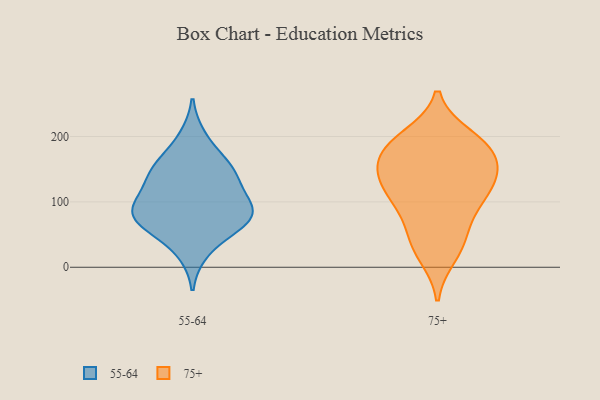
{"axis": {"x": "Headcount", "y": "Value"}, "legend": ["55-64", "75+"], "data": [{"x": "", "y": 59, "type": "55-64"}, {"x": "", "y": 24, "type": "55-64"}, {"x": "", "y": 82, "type": "55-64"}, {"x": "", "y": 79, "type": "55-64"}, {"x": "", "y": 97, "type": "55-64"}, {"x": "", "y": 153, "type": "55-64"}, {"x": "", "y": 158, "type": "55-64"}, {"x": "", "y": 67, "type": "55-64"}, {"x": "", "y": 145, "type": "55-64"}, {"x": "", "y": 89, "type": "55-64"}, {"x": "", "y": 116, "type": "55-64"}, {"x": "", "y": 77, "type": "55-64"}, {"x": "", "y": 136, "type": "55-64"}, {"x": "", "y": 198, "type": "55-64"}, {"x": "", "y": 185, "type": "75+"}, {"x": "", "y": 44, "type": "75+"}, {"x": "", "y": 132, "type": "75+"}, {"x": "", "y": 199, "type": "75+"}, {"x": "", "y": 79, "type": "75+"}, {"x": "", "y": 19, "type": "75+"}, {"x": "", "y": 118, "type": "75+"}, {"x": "", "y": 105, "type": "75+"}, {"x": "", "y": 192, "type": "75+"}, {"x": "", "y": 104, "type": "75+"}, {"x": "", "y": 37, "type": "75+"}, {"x": "", "y": 156, "type": "75+"}, {"x": "", "y": 148, "type": "75+"}, {"x": "", "y": 137, "type": "75+"}, {"x": "", "y": 183, "type": "75+"}, {"x": "", "y": 171, "type": "75+"}]}